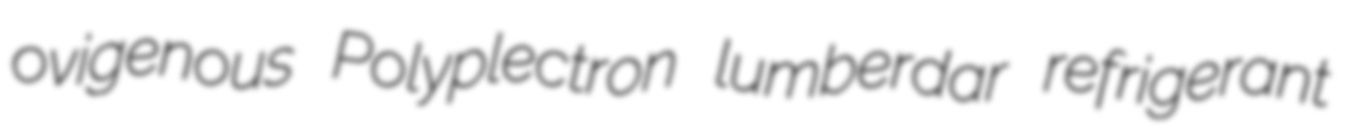
ovigenous Polyplectron lumberdar refrigerant